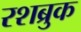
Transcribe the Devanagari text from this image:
रशब्रुक